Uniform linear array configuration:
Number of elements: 8
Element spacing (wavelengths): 0.25
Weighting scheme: binomial
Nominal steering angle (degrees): -60
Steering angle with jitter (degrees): -60.58
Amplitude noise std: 0.05
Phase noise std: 0.05

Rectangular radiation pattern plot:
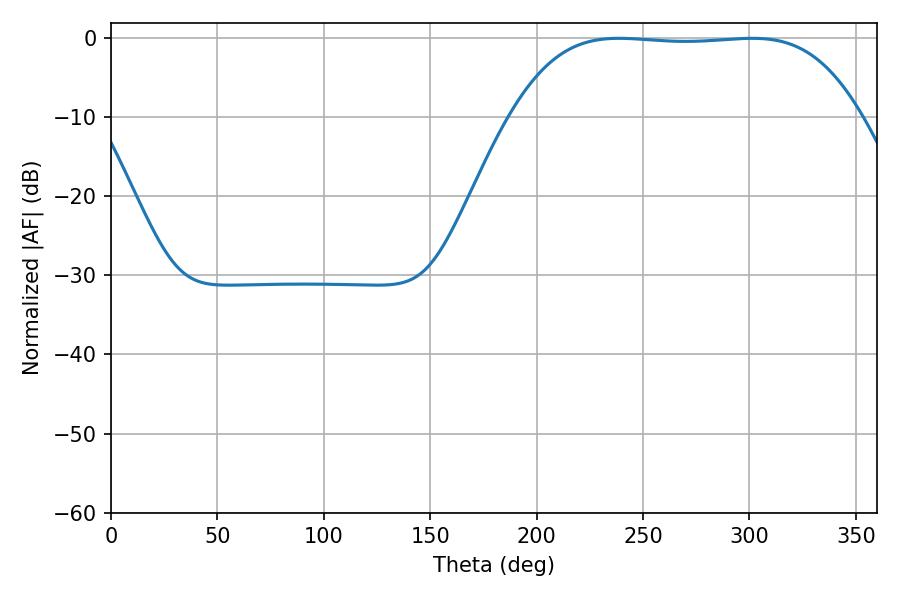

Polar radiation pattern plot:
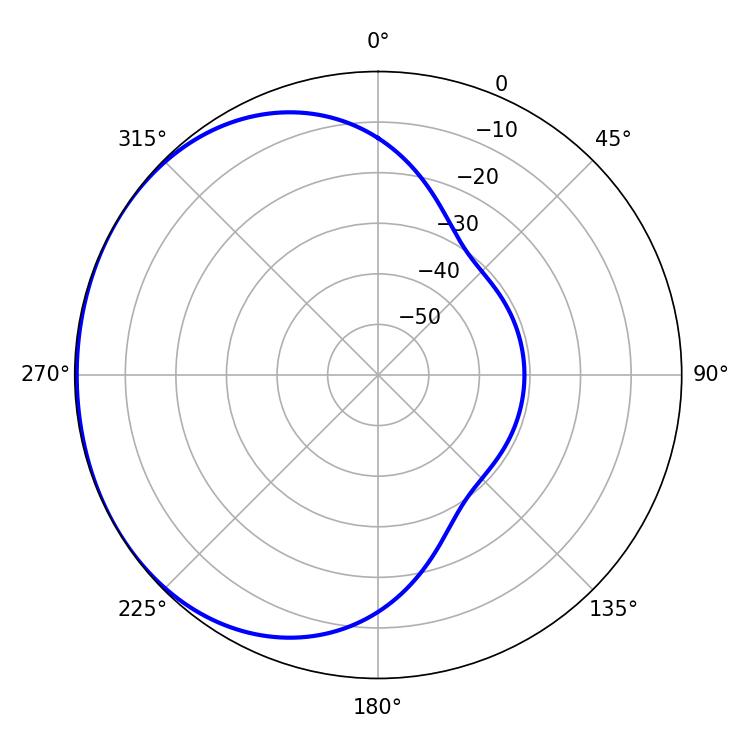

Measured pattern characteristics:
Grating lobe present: FALSE
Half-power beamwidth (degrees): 126.72
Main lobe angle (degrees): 301.32